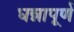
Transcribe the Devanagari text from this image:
धन्नापूर्ण